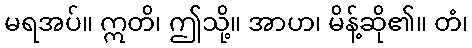
မရအပ်။ ဣတိ၊ ဤသို့။ အာဟ၊ မိန့်ဆို၏။ တံ၊